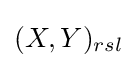
(X,Y)_{rsl}